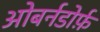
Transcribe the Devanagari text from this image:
ओबर्नडोर्फ़